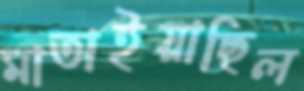
মাতাইয়াছিল